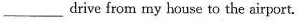
___drive from my house to the airport.